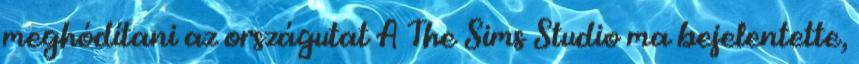
meghódítani az országutat A The Sims Studio ma bejelentette,